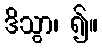
ဒိသွာ၊ ၍။